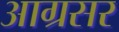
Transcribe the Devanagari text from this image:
आग्रसर